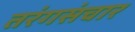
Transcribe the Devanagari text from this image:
तरंगसंचार